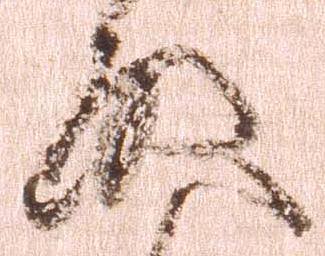
啓